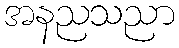
အနညသညာ